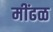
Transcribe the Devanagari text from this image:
मींढळ